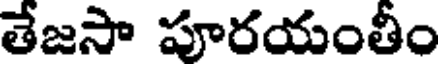
తేజసా పూరయంతీం